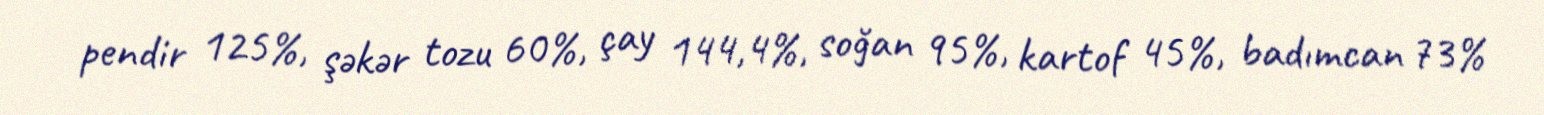
pendir 125%, şəkər tozu 60%, çay 144,4%, soğan 95%, kartof 45%, badımcan 73%